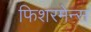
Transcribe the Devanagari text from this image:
फिशरमेन्स